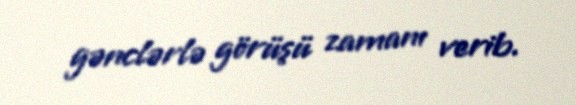
gənclərlə görüşü zamanı verib.